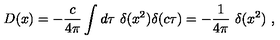
D ( x ) = - { \frac { c } { 4 \pi } } \int d \tau \ \delta ( x ^ { 2 } ) \delta ( c \tau ) = - { \frac { 1 } { 4 \pi } } \ \delta ( x ^ { 2 } ) \ ,